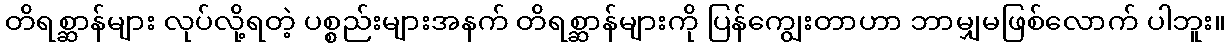
တိရစ္ဆာန်များ လုပ်လို့ရတဲ့ ပစ္စည်းများအနက် တိရစ္ဆာန်များကို ပြန်ကျွေးတာဟာ ဘာမျှမဖြစ်လောက် ပါဘူး။